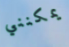
يمكنني